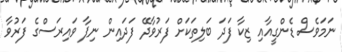
ނަމަވެސް ޑެންގީއާއި ޒިކާ ފަދަ ބަލިތަކަށް ފަރުވާދޭ ފަދައިން ނިޕާ ވައިރަސްގެ ފަރުވާ